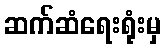
ဆက်ဆံရေးရုံးမှ